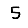
Digit: 5